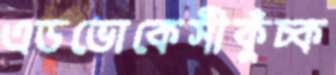
এডভোকেসীকুঁচ্‌ক